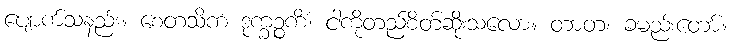
ပျောက်သနည်း။ စေတသိကံ ဒုက္ခဉ္စကိံ၊ ငါကိုတည်စိတ်ဆိုးသလော။ တာတ၊ ခမည်းတော်။